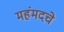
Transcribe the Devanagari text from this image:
महंमदचे